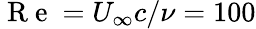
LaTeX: \mathrm{~R~e~}=U_{\infty}c/\nu=100